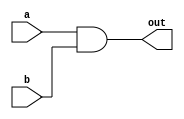
`timescale 1ns / 1ps
//////////////////////////////////////////////////////////////////////////////////
// Company: 
// Engineer: 
// 
// Design Name: 
// Module Name: verilog
// Project Name: 
// Target Devices: 
// Tool Versions: 
// Description: 
// 
// Dependencies: 
// 
// Revision:
// Revision 0.01 - File Created
// Additional Comments:
// 
//////////////////////////////////////////////////////////////////////////////////
module top_module(   
    input a,   
    input b,   
    output out );  
    assign out = a && b;  
endmodule